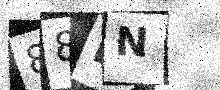
Text: 88EN